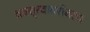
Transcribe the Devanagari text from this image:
वक्तृत्वाबरोबरच